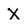
Character: X